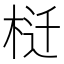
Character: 𰗬